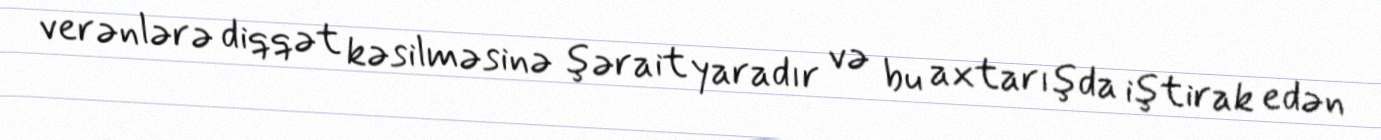
verənlərə diqqət kəsilməsinə şərait yaradır və bu axtarışda iştirak edən